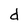
Character: d